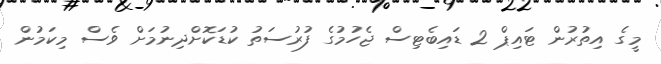
މީގެ އިތުރުން ޓައިޕް 2 ޑައިބެޓިސް ޖެހުމުގެ ފުރުސަތު ކުޑަކޮށްދިނުމަށް ވެސް މިކަމުން